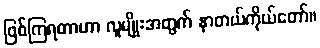
ဖြစ်ကြရတာဟာ လူမျိုးအတွက် နာတယ်ကိုယ်တော်။